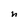
Character: n